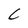
Character: C